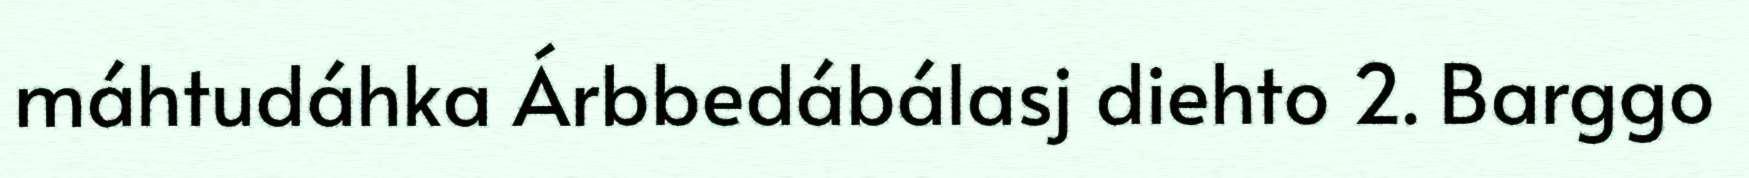
máhtudáhka Árbbedábálasj diehto 2. Barggo